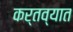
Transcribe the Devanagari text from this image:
कर्तव्यात